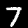
Label: 7